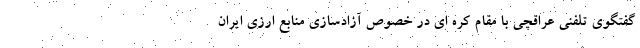
گفتگوی تلفنی عراقچی با مقام کره ای در خصوص آزادسازی منابع ارزی ایران